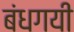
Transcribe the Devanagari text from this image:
बंधगयी